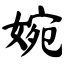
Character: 婉